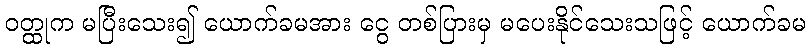
ဝတ္ထုက မပြီးသေး၍ ယောက်ခမအား ငွေ တစ်ပြားမှ မပေးနိုင်သေးသဖြင့် ယောက်ခမ